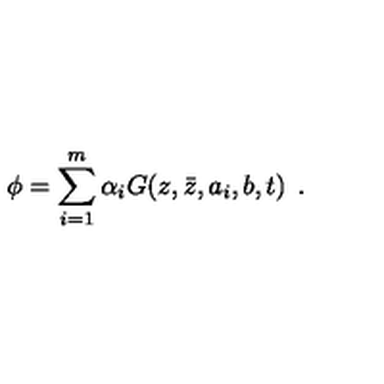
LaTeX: \phi = \sum _ { i = 1 } ^ { m } { \alpha _ { i } } G ( z , \bar { z } , a _ { i } , b , t ) \: \: .